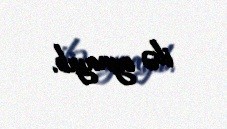
ilə oynayıb.